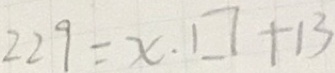
2 2 9 = x . \square + 1 3